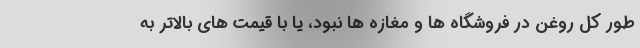
طور کل روغن در فروشگاه ها و مغازه ها نبود، یا با قیمت های بالاتر به